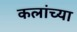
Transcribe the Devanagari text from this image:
कलांच्‍या